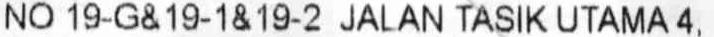
NO 19-G& 19-1& 19-2 JALAN TASIK UTAMA 4,